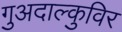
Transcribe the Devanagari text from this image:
गुअदाल्कुविर